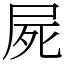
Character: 屍